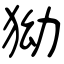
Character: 狕